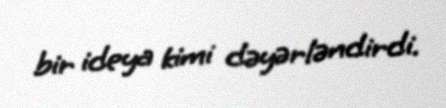
bir ideya kimi dəyərləndirdi.